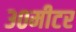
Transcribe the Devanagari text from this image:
३०मीटर